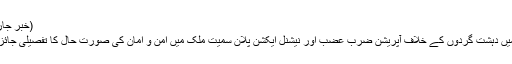
(خبر جاری ہے)
اجلاس میں دہشت گردوں کے خلاف آپریشن ضرب عضب اور نیشنل ایکشن پلان سمیت ملک میں امن و امان کی صورت حال کا تفصیلی جائزہ لیا گیا۔